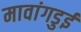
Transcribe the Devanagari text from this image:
मावांगडुई